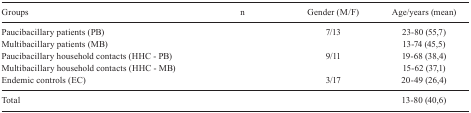
<table><thead><tr><td><b>Groups</b></td><td><b>n</b></td><td><b>Gender (M/F)</b></td><td><b>Age/years (mean)</b></td></tr></thead><tbody><tr><td>Paucibacillary patients (PB)</td><td>[EMPTY_CELL]</td><td>7/13</td><td>23-80 (55,7)</td></tr><tr><td>Multibacillary patients (MB)</td><td>[EMPTY_CELL]</td><td>[EMPTY_CELL]</td><td>13-74 (45,5)</td></tr><tr><td>Paucibacillary household contacts (HHC - PB)</td><td>[EMPTY_CELL]</td><td>9/11</td><td>19-68 (38,4)</td></tr><tr><td>Multibacillary household contacts (HHC - MB)</td><td>[EMPTY_CELL]</td><td>[EMPTY_CELL]</td><td>15-62 (37,1)</td></tr><tr><td>Endemic controls (EC)</td><td>[EMPTY_CELL]</td><td>3/17</td><td>20-49 (26,4)</td></tr><tr><td>Total</td><td>[EMPTY_CELL]</td><td>[EMPTY_CELL]</td><td>13-80 (40,6)</td></tr></tbody></table>